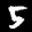
Label: 5